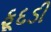
ફૂદડી